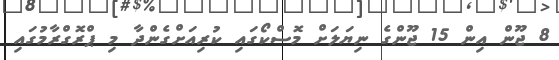
8 ޖޫން އިން 15 ޖޫންގެ ނިޔަލަށް މޮސްކޯގައި ކުރިއަށްގެންދާ މި ޕްރޮގްރާމުގައި